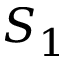
S _ { 1 }